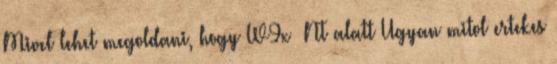
Mivel lehet megoldani, hogy W9x NT alatt Ugyan mitol ertekes